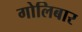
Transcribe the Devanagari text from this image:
गोलिबार